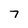
Character: 7